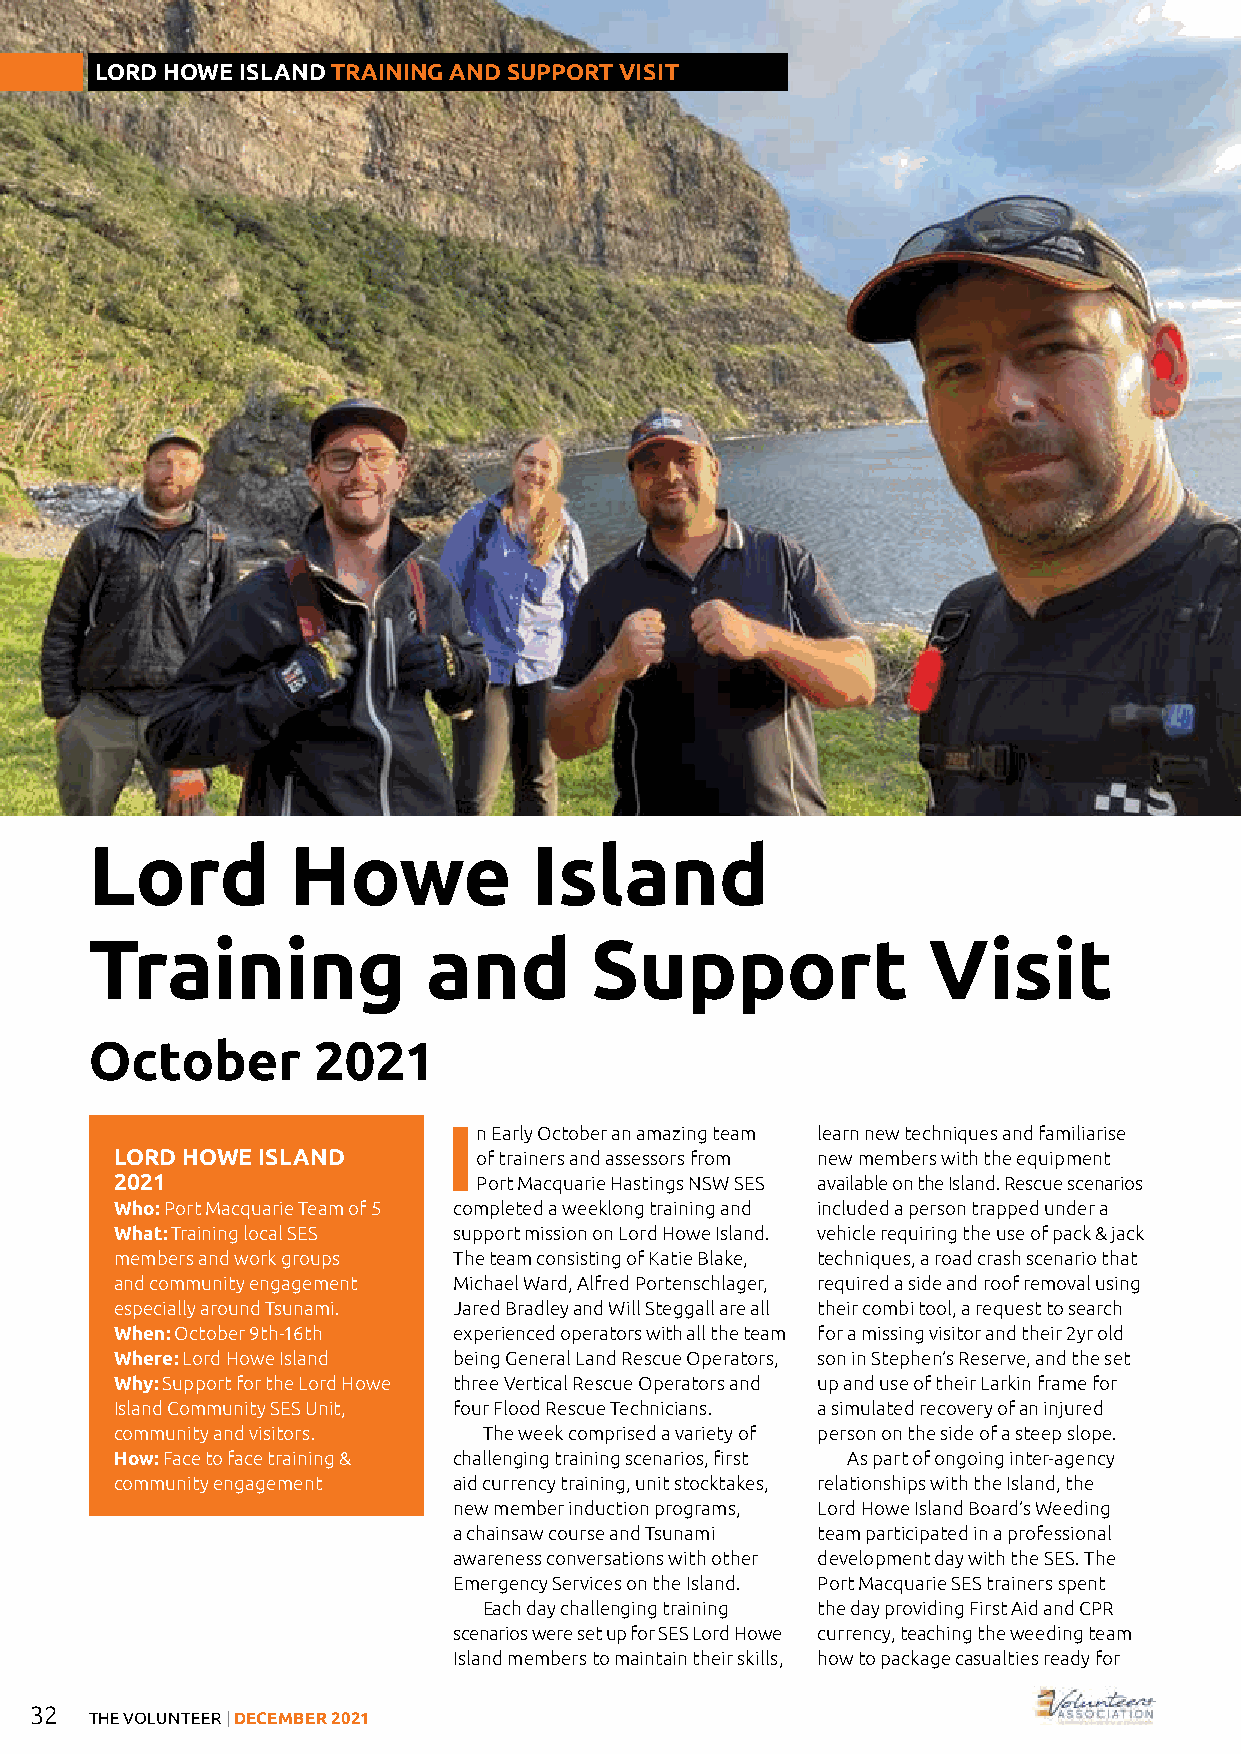
LORD HOWE ISLAND TRAINING AND SUPPORT VISIT
 Lord         Howe            Island
 Training              and        Support               Visit
 October        2021
 In  Early October an amazing team learn new techniques and familiarise
 LORD HOWE ISLAND        of trainers and assessors from new members with the equipment
 2021                    Port Macquarie Hastings NSW SES available on the Island. Rescue scenarios
 Who: Port Macquarie Team of 5 completed a weeklong training and included a person trapped under a
 What: Training local SES support mission on Lord Howe Island. vehicle requiring the use of pack & jack
 members and work groups The team consisting of Katie Blake, techniques, a road crash scenario that
 and community engagement Michael Ward, Alfred Portenschlager, required a side and roof removal using
 especially around Tsunami. Jared Bradley and Will Steggall are all their combi tool, a request to search
 When: October 9th-16th experienced operators with all the team for a missing visitor and their 2yr old
 Where: Lord Howe Island being General Land Rescue Operators, son in Stephen’s Reserve, and the set
 Why: Support for the Lord Howe three Vertical Rescue Operators and up and use of their Larkin frame for
 Island Community SES Unit, four Flood Rescue Technicians. a simulated recovery of an injured
 community and visitors. The week comprised a variety of person on the side of a steep slope.
 How: Face to face training & challenging training scenarios, first As part of ongoing inter-agency
 community engagement  aid currency training, unit stocktakes, relationships with the Island, the
 new member induction programs, Lord Howe Island Board’s Weeding
 a chainsaw course and Tsunami team participated in a professional
 awareness conversations with other development day with the SES. The
 Emergency Services on the Island. Port Macquarie SES trainers spent
 Each day challenging training the day providing First Aid and CPR
 scenarios were set up for SES Lord Howe currency, teaching the weeding team
 Island members to maintain their skills, how to package casualties ready for
 32
 THE VOLUNTEER | DECEMBER 2021